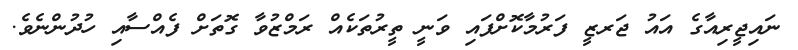
ނައިޖީރިއާގެ އައު ޖަރޒީ ފަރުމާކޮށްފައި ވަނީ ތީރުތަކެއް ރަމްޒުވާ ގޮތަށް ފެއްސާއި ހުދުންނެވެ.